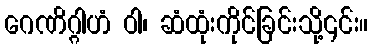
ဂေဏိဂ္ဂါဟံ ဝါ၊ ဆံထုံးကိုင်ခြင်းသို့၎င်း။